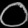
Digit: ၀